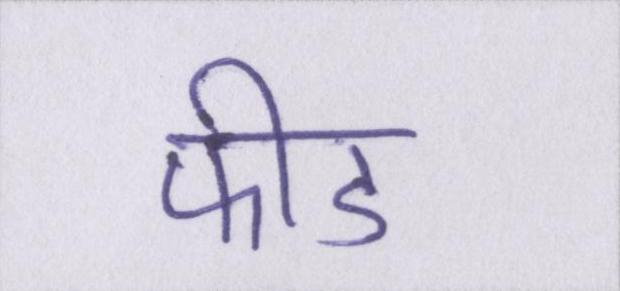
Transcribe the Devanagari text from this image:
फीड